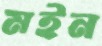
মইন